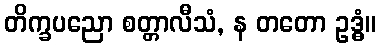
တိက္ခပညော စတ္တာလီသံ, န တတော ဥဒ္ဓံ။